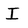
Character: I